Annual administration report of the Civil Veterinary Department of India - 1893-1894
Year: 1893
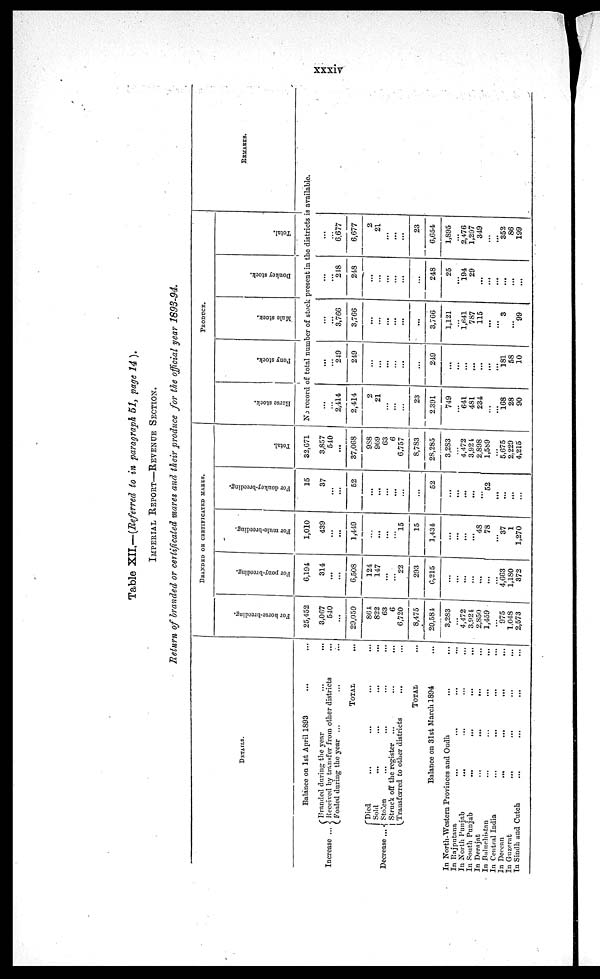
xxxiv
Table XII.—(Referred to in paragraph 51, page 14 ).
IMPERIAL REPORT—REVENUE SECTION.
Return of branded or certificated mares and their produce for the official year 1893-94.
DETAILS.
Increase ...
Balance on 1st April 1893
... ...
(Branded during the year ... ...
Received by transfer from other districts ...
Foaled during the year ... ... ...
TOTAL ...
Decrease ...
Died ... ... ... ...
Sold ... ... ... ...
Stolen ... ...
Struck off the register ... ...
Transferred to other districts
...
TOTAL ...
Balance on 31st March 1894
In North-Western Provinces and Oudh
In Rajputana ... ... ... ...
In North Punjab ... ... ... ...
In South Punjab
...
...
...
...
In Derajat
...
...
...
...
In Baluchistan
...
...
...
...
In Central India
...
...
...
...
In Deccan
...
...
...
...
In Guzerat ... ... ... ...
In Sindh and Cutch ... ... ... ...
BRANDED OR CERTIFICATED MARES.
For horse-breeding.
25,452
3,067
540
...
29,059
864
822
63
6
6,720
8,475
20,584
3,283
...
4,472
3,924
2,850
1,459
...
975
1,048
2,573
For pony-breeding.
6,194
314
...
...
6,508
124
147
...
...
22
293
6,215
...
...
...
...
...
...
4,663
1,180
372
For mule-breeding.
1,010
439
...
...
1,449
...
...
...
...
15
15
1,434
...
...
...
...
48
78
...
37
1
1,270
For donkey-breeding.
15
37
...
...
52
...
...
...
...
...
...
52
...
...
...
...
...
52
...
...
...
...
Total.
32,671
3,857
540
...
37,068
988
969
63
6
6,757
8,783
28,285
3,283
...
4,472
3,924
2,898
1,589
...
5,675
2,229
4,215
PRODUSE.
Horse stock.
Pony stock.
Mule stock.
Donkey stock.
Total.
REMARKS.
No record of total number of stock present in the districts is available.
...
...
2,414
2,414
2
21
...
...
...
23
2,391
749
...
641
481
234
...
...
168
28
90
...
...
249
249
...
...
...
...
...
...
249
...
...
...
...
...
...
...
181
58
10
...
...
3,766
3,766
...
...
...
...
...
...
3,766
1,121
...
1,641
787
115
...
...
3
...
99
...
...
248
248
...
...
...
...
...
...
248
25
...
194
29
...
...
...
...
...
...
...
...
6,677
6,677
2
21
...
...
...
23
6,654
1,895
...
2,476
1,297
349
...
...
352
86
199